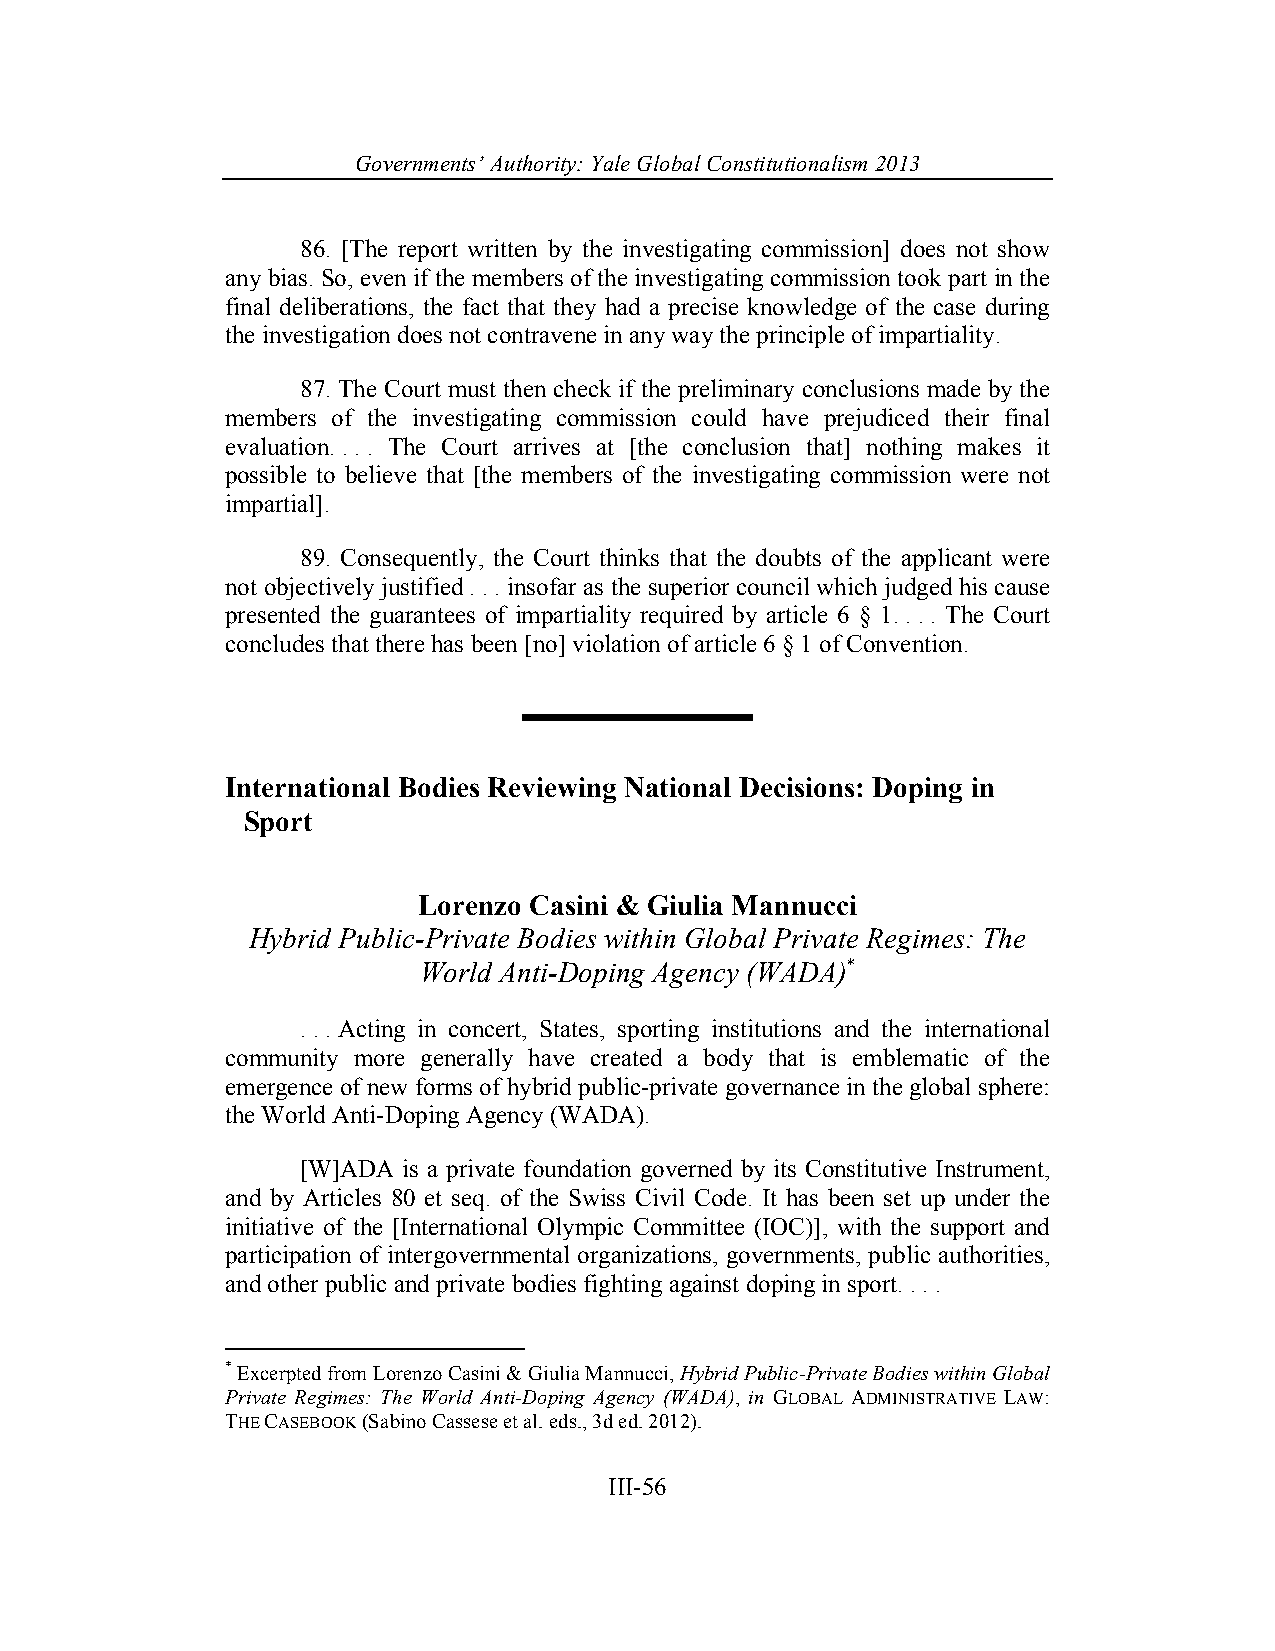
Governments’ Authority: Yale Global Constitutionalism 2013
 86. [The report written by the investigating commission] does not show
 any bias. So, even if the members of the investigating commission took part in the
 final deliberations, the fact that they had a precise knowledge of the case during
 the investigation does not contravene in any way the principle of impartiality.
 87. The Court must then check if the preliminary conclusions made by the
 members of the investigating commission could have prejudiced their final
 evaluation. . . . The Court arrives at [the conclusion that] nothing makes it
 possible to believe that [the members of the investigating commission were not
 impartial].
 89. Consequently, the Court thinks that the doubts of the applicant were
 not objectively justified . . . insofar as the superior council which judged his cause
 presented the guarantees of impartiality required by article 6 § 1. . . . The Court
 concludes that there has been [no] violation of article 6 § 1 of Convention.
 International Bodies Reviewing National Decisions: Doping in
 Sport
 Lorenzo Casini & Giulia Mannucci
 Hybrid Public-Private Bodies within Global Private Regimes: The
 World Anti-Doping Agency (WADA)*
 . . . Acting in concert, States, sporting institutions and the international
 community more generally have created a body that is emblematic of the
 emergence of new forms of hybrid public-private governance in the global sphere:
 the World Anti-Doping Agency (WADA).
 [W]ADA is a private foundation governed by its Constitutive Instrument,
 and by Articles 80 et seq. of the Swiss Civil Code. It has been set up under the
 initiative of the [International Olympic Committee (IOC)], with the support and
 participation of intergovernmental organizations, governments, public authorities,
 and other public and private bodies fighting against doping in sport. . . .
 * Excerpted from Lorenzo Casini & Giulia Mannucci, Hybrid Public-Private Bodies within Global
 Private Regimes: The World Anti-Doping Agency (WADA), in GLOBAL ADMINISTRATIVE LAW:
 THE CASEBOOK (Sabino Cassese et al. eds., 3d ed. 2012).
 III-56